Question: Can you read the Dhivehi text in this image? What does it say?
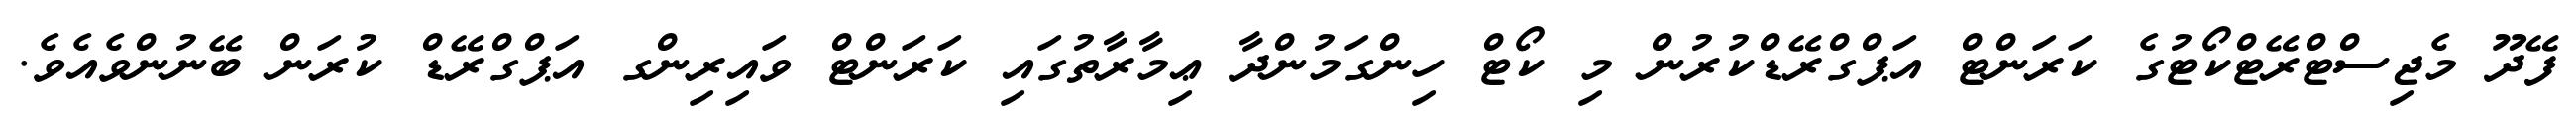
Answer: ފޭދޫ މެޖިސްޓްރޭޓްކޯޓުގެ ކަރަންޓް އަޕްގްރޭޑްކުރުން މި ކޯޓް ހިންގަމުންދާ ޢިމާރާތުގައި ކަރަންޓް ވައިރިންގ އަޕްގްރޭޑް ކުރަން ބޭނުންވެއެވެ.